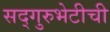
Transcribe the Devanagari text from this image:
सद्गुरुभेटीची